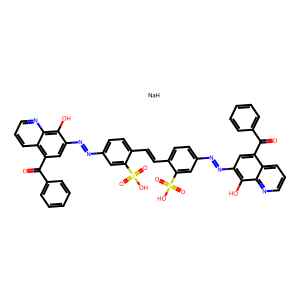
SMILES: O=C(c1ccccc1)c1cc(N=Nc2ccc(C=Cc3ccc(N=Nc4cc(C(=O)c5ccccc5)c5cccnc5c4O)cc3S(=O)(=O)O)c(S(=O)(=O)O)c2)c(O)c2ncccc12.[NaH]
Inhibits HIV replication: No